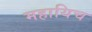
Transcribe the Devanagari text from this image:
महायिच